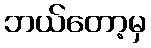
ဘယ်တော့မှ